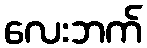
လေးဘက်